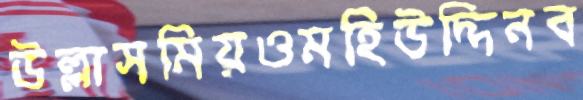
উল্লাসমিয়ওমহিউদ্দিনব